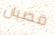
قضبان